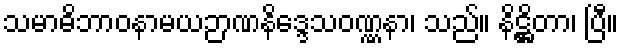
သမာဓိဘာဝနာမယဉာဏနိဒ္ဒေသဝဏ္ဏနာ၊ သည်။ နိဋ္ဌိတာ၊ ပြီ။